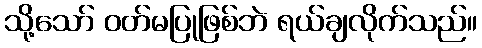
သို့သော် ဝတ်မပြုဖြစ်ဘဲ ရယ်ချလိုက်သည်။